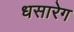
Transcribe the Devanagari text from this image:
धसारेग